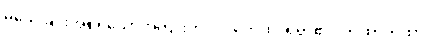
မသေခြင်းအစရှိသောအကျိုးကို။ လဘေထ၊ ရရာ၏။ တထာတထာ၊